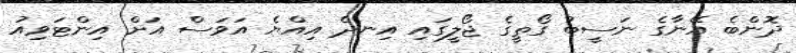
ދޮންބެ އޭނާގެ ނަސީބު ގޯތީގެ ޖޯލީގައި އިނދެ އިއްޔެ އަވަސް އަށް އިންޓަވިއު